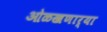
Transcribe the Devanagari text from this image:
ओळखणार्या